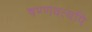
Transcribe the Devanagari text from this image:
षण्णवत्यपि